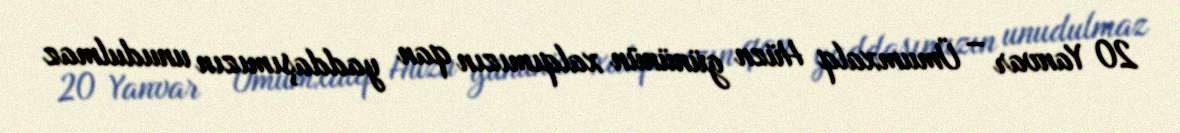
20 Yanvar – Ümumxalq Hüzn gününün xalqımızın qan yaddaşımızın unudulmaz